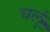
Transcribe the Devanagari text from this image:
घर्लू